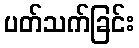
ပတ်သက်ခြင်း